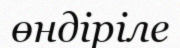
өндіріле